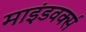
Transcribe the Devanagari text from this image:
माइंडवर्क्स